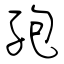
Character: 孢